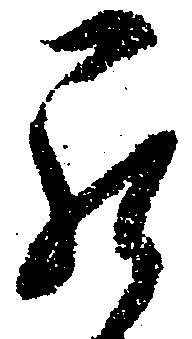
罷